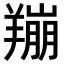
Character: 𫅛